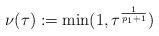
LaTeX: \begin{align*} \nu(\tau) := \min(1,\tau^{\frac{1}{p_1 + 1}}) \end{align*}